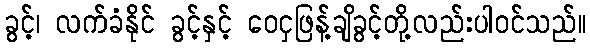
ခွင့်၊ လက်ခံနိုင် ခွင့်နှင့် ဝေငှဖြန့်ချိခွင့်တို့လည်းပါဝင်သည်။